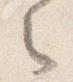
之